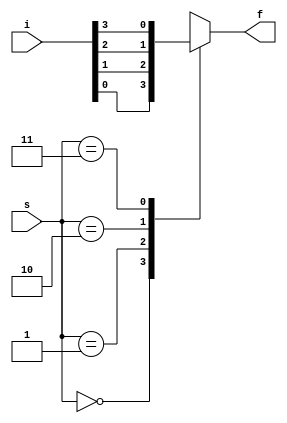
`timescale 1ns / 1ps
//////////////////////////////////////////////////////////////////////////////////
// Company: 
// Engineer: 
// 
// Design Name: 
// Module Name: MUX_4to1
// Project Name: 
// Target Devices: 
// Tool Versions: 
// Description: 
// 
// Dependencies: 
// 
// Revision:
// Revision 0.01 - File Created
// Additional Comments:
// 
//////////////////////////////////////////////////////////////////////////////////


module MUX4to1(
input [3:0]i,
    input [1:0]s,
    output reg f
    );
    always @ (i or s)
    begin
    case (s)
    2'b00: f <= i[0];
    2'b01: f <= i[1];
    2'b10: f <= i[2];
    2'b11: f <= i[3];        
    endcase
    end
endmodule

module MUX16to1(
    input [15:0]i,
    input [3:0]s,
    output f
    );
    wire [3:0]fw;
    MUX4to1  M1(i[3:0], s[1:0], fw[0]);
    MUX4to1  M2(i[7:4], s[1:0], fw[1]);
    MUX4to1  M3(i[11:8], s[1:0], fw[2]);
    MUX4to1  M4(i[15:12], s[1:0], fw[3]);
    MUX4to1  M5(fw[3:0], s[3:2], f);
endmodule